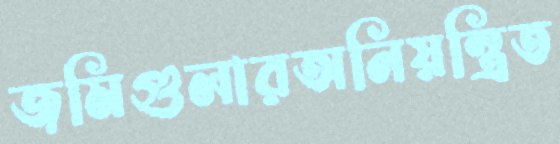
জমিগুলারঅনিয়ন্ত্রিত